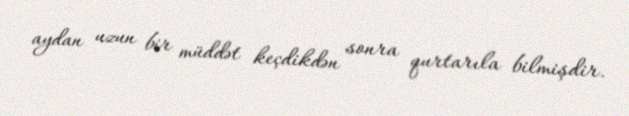
aydan uzun bir müddət keçdikdən sonra qurtarıla bilmişdir.